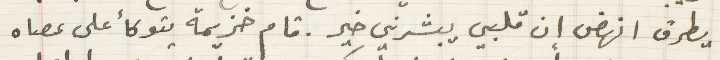
يطرق انهض ان قلبي يبشرني خير. قام خزيمة يتوكأ على عصاه